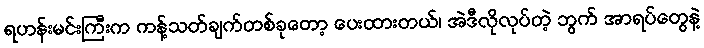
ရဟန်းမင်းကြီးက ကန့်သတ်ချက်တစ်ခုတော့ ပေးထားတယ်၊ အဲဒီလိုလုပ်တဲ့ ဘွက် အာရပ်တွေနဲ့